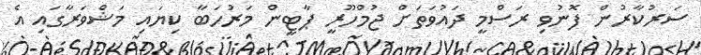
ސަރުކާރުން ފޮނުވި ރަސްމީ ދައުވަތަށް ޖުމްހޫރީ ޕާޓީން މަރުހަބާ ކިޔައި މަޝްވަރާގައި އެ